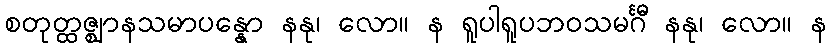
စတုတ္ထဇ္ဈာနသမာပန္နော နနု၊ လော။ န ရူပါရူပဘဝသမင်္ဂီ နနု၊ လော။ န